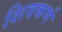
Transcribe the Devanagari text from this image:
शिवकर्ण